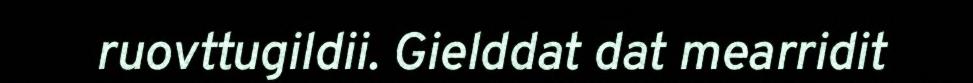
ruovttugildii. Gielddat dat mearridit